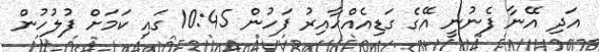
އަދި އޭނާ ފެނުނީ އޭގެ ގަޑިއެއްހާއިރު ފަހުން 10:45 ގައި ކަމަށް ފުލުހުން